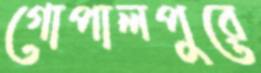
গোপালপুরে